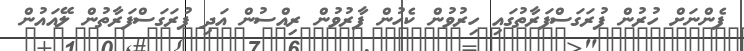
ފެންނަށް ހުރުން ފުރަގަސްފަރާތުގައި ހިރުވުން ކެހުން ފާރުވުން ރިއްސުން އަދި ފުރަގަސްފަރާތުން ލޭއައުން